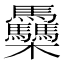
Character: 䯂